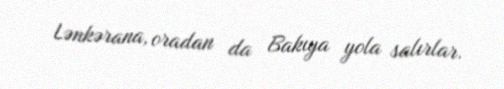
Lənkərana, oradan da Bakıya yola salırlar.